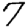
Digit: 7